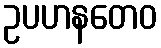
ဥပဟနတေဝ